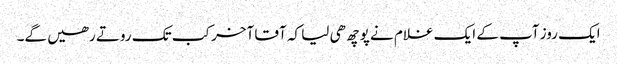
ایک روز آپ کے ایک غلام نے پوچھ ھی لیا کہ آقا آخر کب تک روتے رھیں گے۔